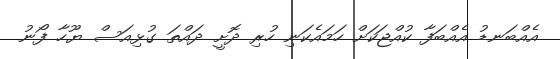
އެއްބަނޑު އެއްބަފާ ކުއްޖަކަށް ހަމައެކަނި ހުރި ދޮށީ ދައްތަ ގުޅިއަސް ޔޫހާ ފޯނު